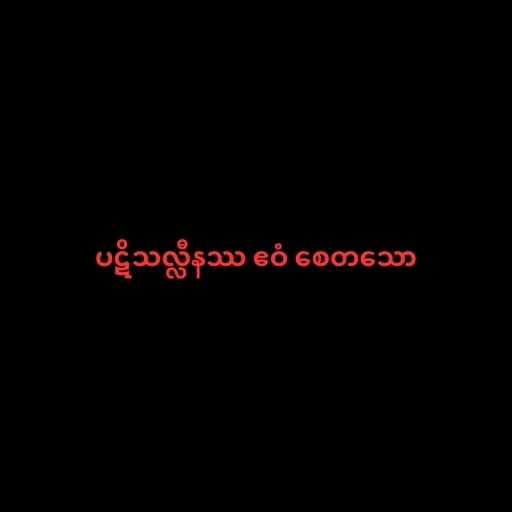
ပဋိသလ္လီနဿ ဧဝံ စေတသော